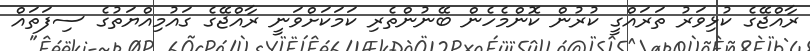
ރާއްޖޭގެ ކުޅިވަރު ތަރައްގީ ކުރުން ކޮންމެހެން ބޭނުންތެރި ކަމަކަށްވަނީ ރާއްޖޭގެ ގައުމިއްޔަތުގެ ސިފަތައް